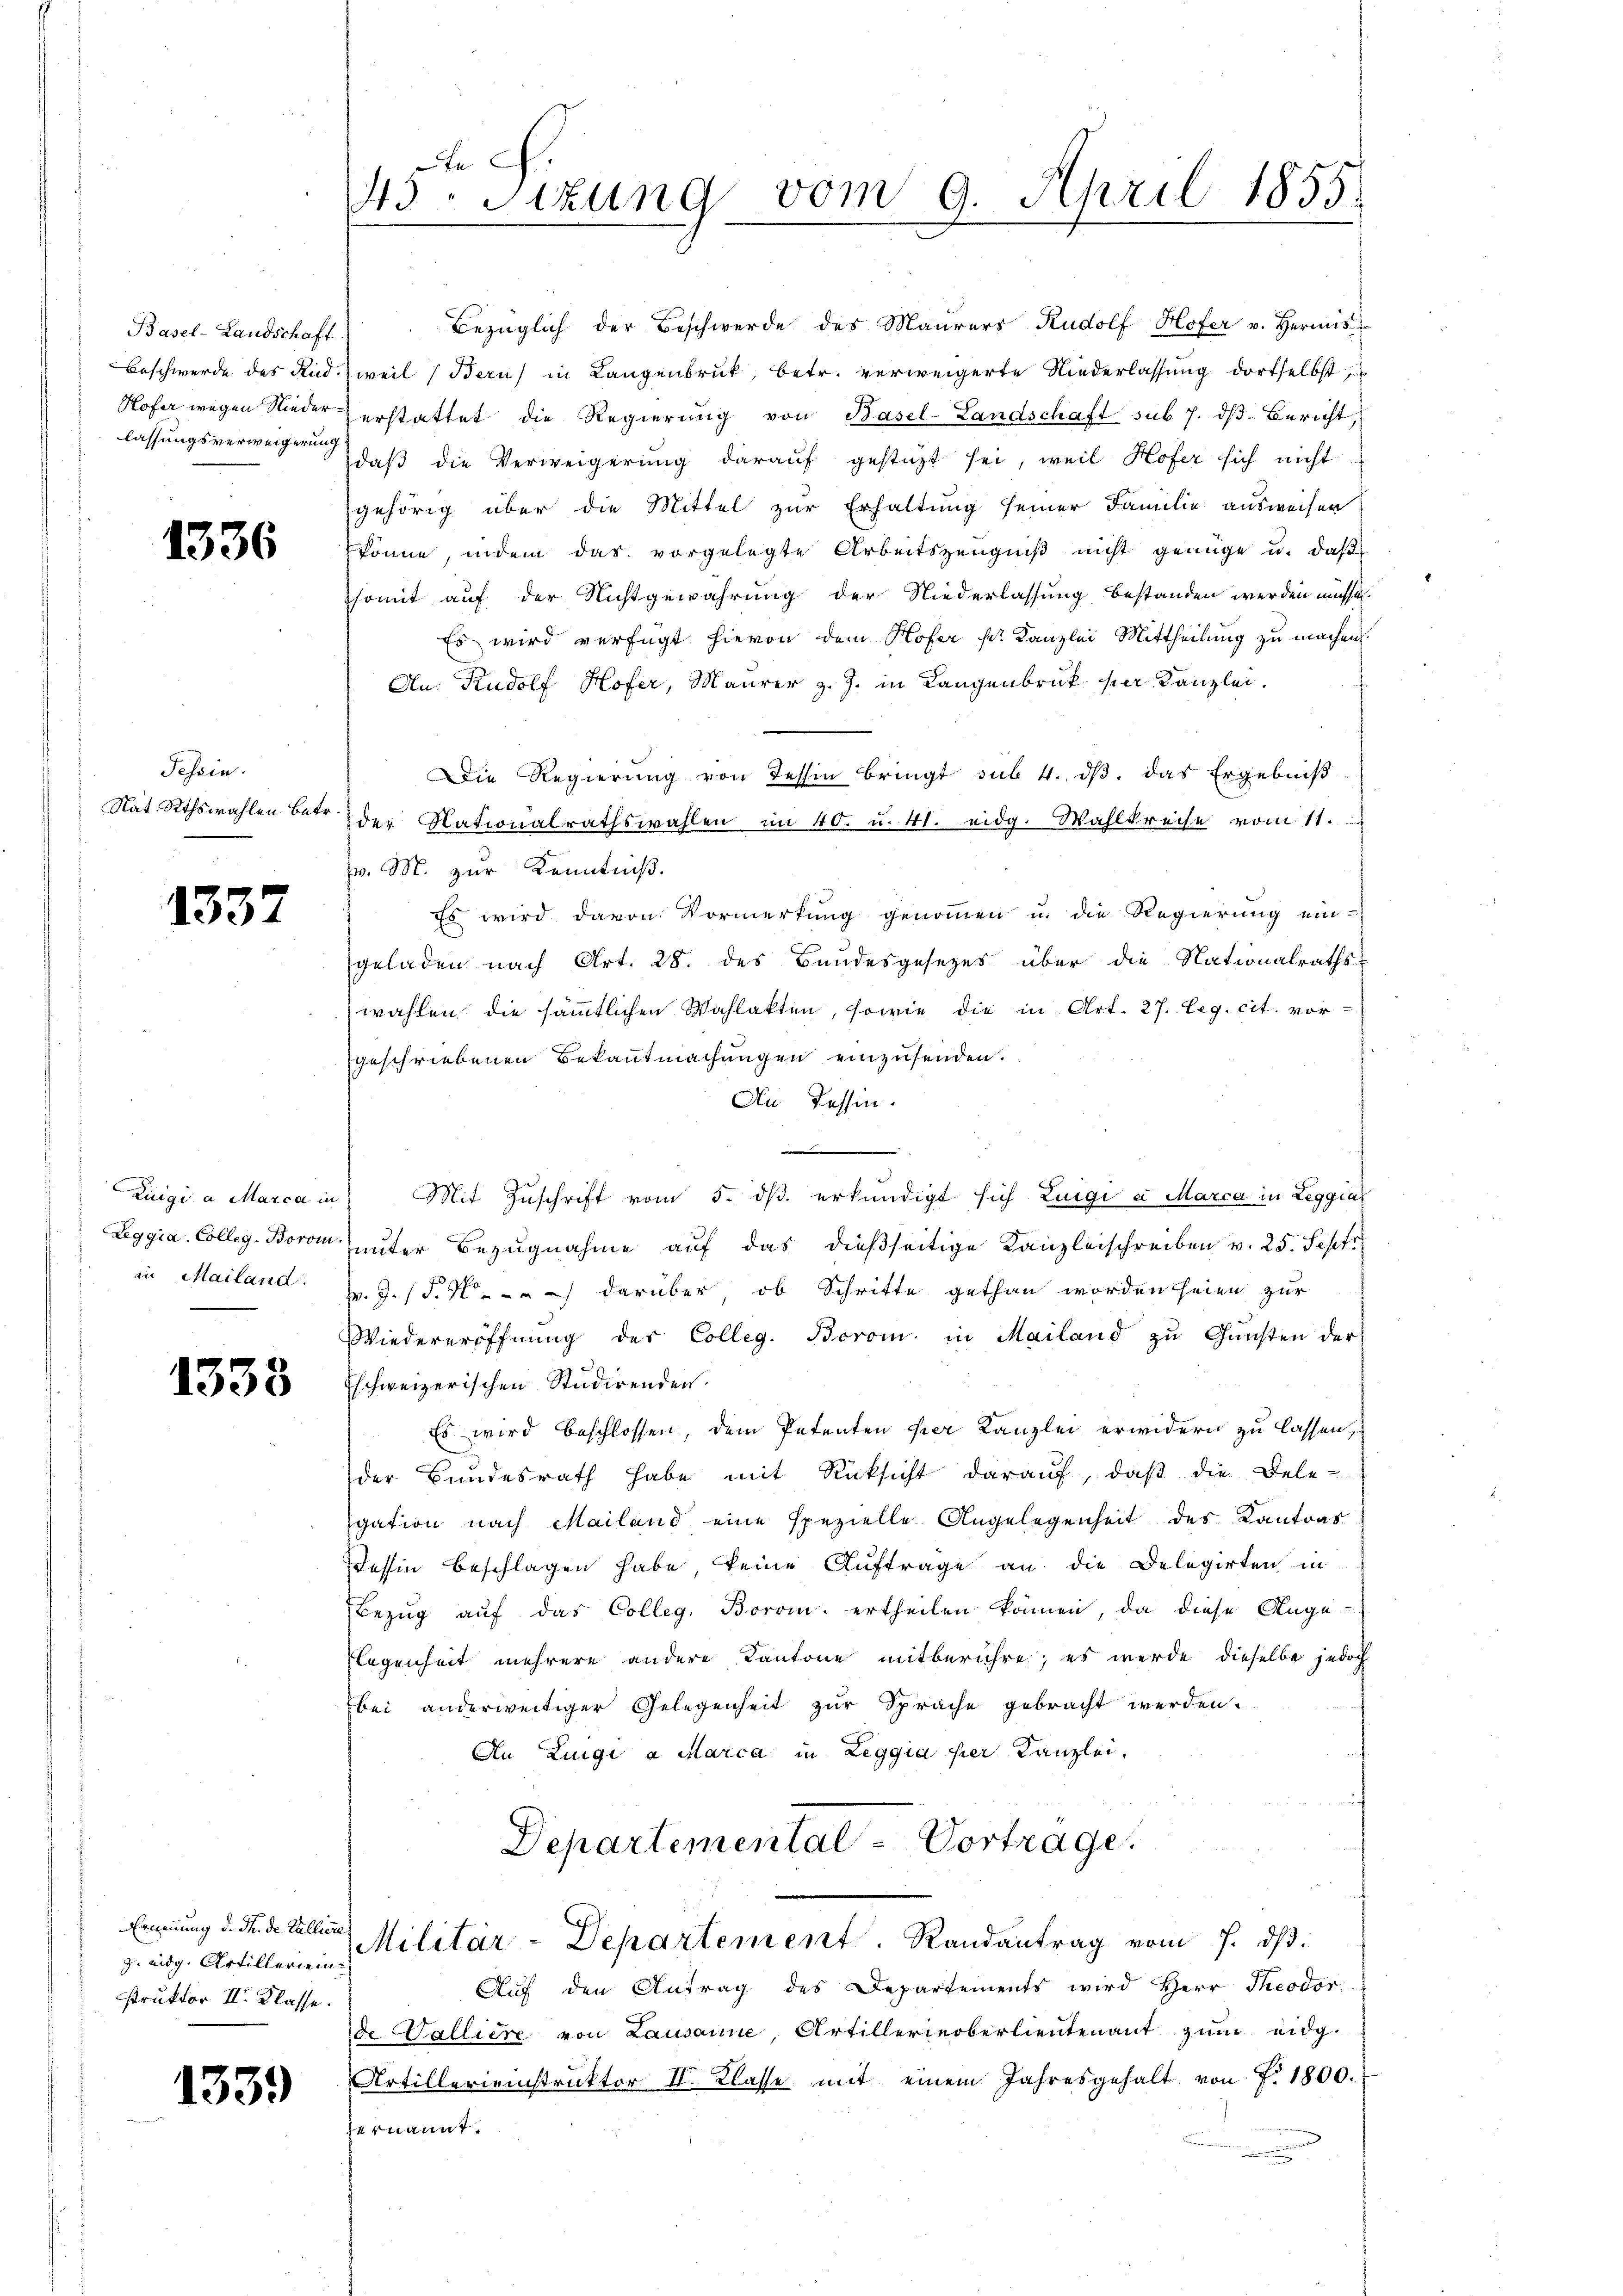
Basel-Landschaft
Beschwerde des Rud
Hofer wegen Niederlassungsverweigerung

1336

Tessin.
Nat Rthswahlen betr.

1337

Luigi a Marca in
Leggia, Colleg. Borom.
in Mailand.

1338

z. eidg. Artillerien
struktor II. Klasse.

1339

t
43 Sizung vom 9. April 1855.

Bezüglich der Beschwerde des Maurers Rudolf Hofer v. Hermis
weil (Bern) in Langenbruck, betr. verweigerte Niederlassung dortselbst
erstattet die Regierŭng von Basel-Landschaft sub 7. dβ. Bericht,
daβ die Verweigerung darauf gestüzt sei, weil Hofer sich nicht
gehörig über die Mittel zur Erhaltung seiner Familie ausweisen
könne, indem das vorgelegte Arbeitszeugniß nicht genüge u. daß
somit auf der Nichtgewahrung der Niederlassung bestanden werden müsse.
Es wird verfügt hievon dem Hofer ser Kanzlei Mittheilung zu machen.
An. Rudolf Hofer, Maurer z. Z. in Langenbruck per Kanzlei.
Die Regierŭng von Tessin bringt sub. 4. dβ das Ergebniß
der Nationalrathswahlen im 40. u. 41. eidg. Wahlkreise vom 11.
v. M. zur Kenntniß.
Es wird davon Vormerkung genommen u. die Regierung ein-
geladen nach Art. 28. des Bundesgesetzes über die Nationalraths-
wahlen die sämmtlichen Wahlakten, sowie die in Art. 27. Leg. cit. vor-
geschriebenen Bekanntmachungen einzusenden.
An Tessin.

 Mit Zuschrift vom 5. dß erkundigt sich Luigi a Marca in Leggia
unter Bezugnahme auf das dießseitige Kanzleischreiben v. 25. Septe
v. J. (T. 4 darüber, ob Schritte gethan worden seien zur
Wiedereröffnŭng des Colleg. Borom in Mailand zu Gunsten der
Eschweizerischen Studirenden.
Es wird beschlossen, dem Petenten hier Kanzlei erwidern zu lassen,
der Bundesrath habe mit Rücksicht daraŭf, daβ die Dele-
gation nach Mailand eine spezielle Angelegenheit des Kantons
essin beschlagen habe keine Auftrage an die Delegirten in
Bezŭg aŭf das Colleg. Borom ertheilen können, da diese Auge
Flegenheit mehrere andere Kantone mitberühre; es werde dieselbe jedoch
bei anderweitiger Gelegenheit zur Sprache gebracht werden.
An Luigi a Marca in Zeggia hier Kanzlei,
Departemental-Vortrage.

Ernennung d. d. d. Galler Militär-Departement. Randantrag vom 7. ds.

Aŭf den Antrag des Departements wird Herr Theodor
de Walliere von Lausanne, Artillerieberlieutenant zum eidg.
Artillerieinstruktor II. Klasse mit einem Jahresgehalt von f. 1800.
vernannt.